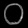
Digit: ၀